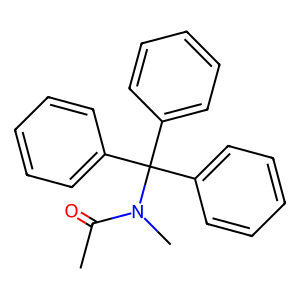
SMILES: CC(=O)N(C)C(c1ccccc1)(c1ccccc1)c1ccccc1
Inhibits HIV replication: No